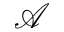
\mathcal { A }